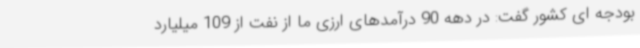
بودجه ای کشور گفت: در دهه 90 درآمدهای ارزی ما از نفت از 109 میلیارد